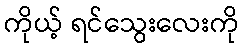
ကိုယ့် ရင်သွေးလေးကို